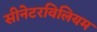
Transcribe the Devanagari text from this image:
सीनेटरविलियम